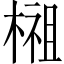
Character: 𣗿